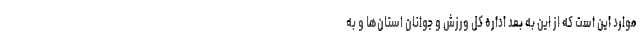
موارد این است که از این به بعد اداره کل ورزش و جوانان استان‌ها و به